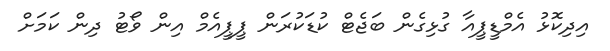
އިދިކޮޅު އެމްޑީޕީއާ ގުޅިގެން ބަޖެޓް ކުޑަކުރަން ޕީޕީއެމް އިން ވޯޓު ދިން ކަމަށް